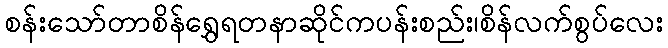
စန်းသော်တာစိန်ရွှေရတနာဆိုင်ကပန်းစည်း၊စိန်လက်စွပ်လေး